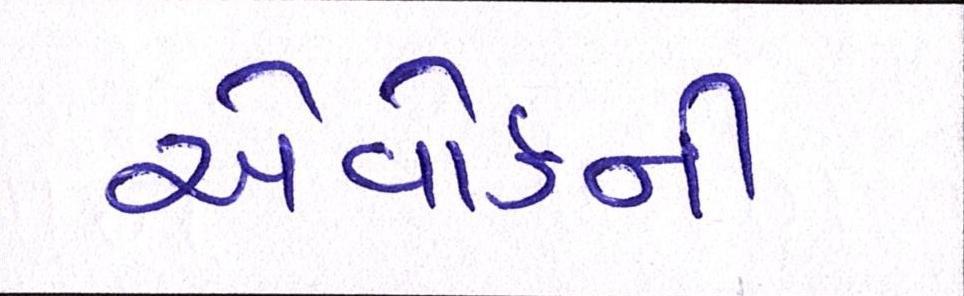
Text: એવોર્ડની